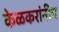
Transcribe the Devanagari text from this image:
केळकरांनीच